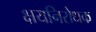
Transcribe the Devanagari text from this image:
क्षयनिरोधक